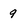
Character: 9